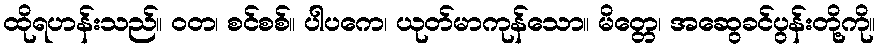
ထိုရဟန်းသည်။ ဝတ၊ စင်စစ်။ ပါပကေ၊ ယုတ်မာကုန်သော။ မိတ္တေ၊ အဆွေခင်ပွန်းတို့ကို။